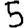
Digit: 5